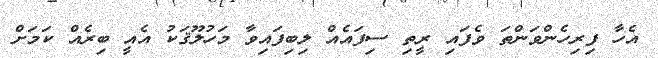
އެހާ ފިރިހެންވަންތަ ވެފައި ރީތި ސިފައެއް ލިބިފައިވާ މަހުލޫޤަކު އެއީ ބިރެއް ކަމަށް